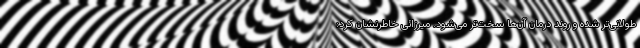
طولانی‌تر شده و روند درمان آن‌ها سخت‌تر می‌شود. میرزائی خاطرنشان کرد: